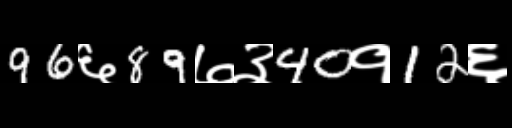
Text: 96६89७३40१12६